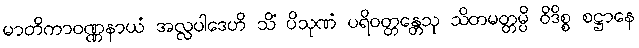
မာတိကာဝဏ္ဏနာယံ အလ္လပါဒေဟိ သိံ ပိသုဏံ ပရိဝတ္တန္တေသု သိတမတ္တမ္ပိ ဝိဒိစ္စ စဋ္ဌာနေ